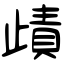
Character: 歵